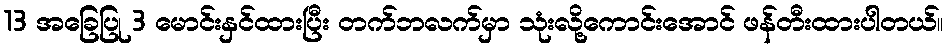
13 အခြေပြု 3 မောင်းနှင်ထားပြီး တက်ဘလက်မှာ သုံးလို့ကောင်းအောင် ဖန်တီးထားပါတယ်။